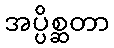
အပ္ပိစ္ဆတာ